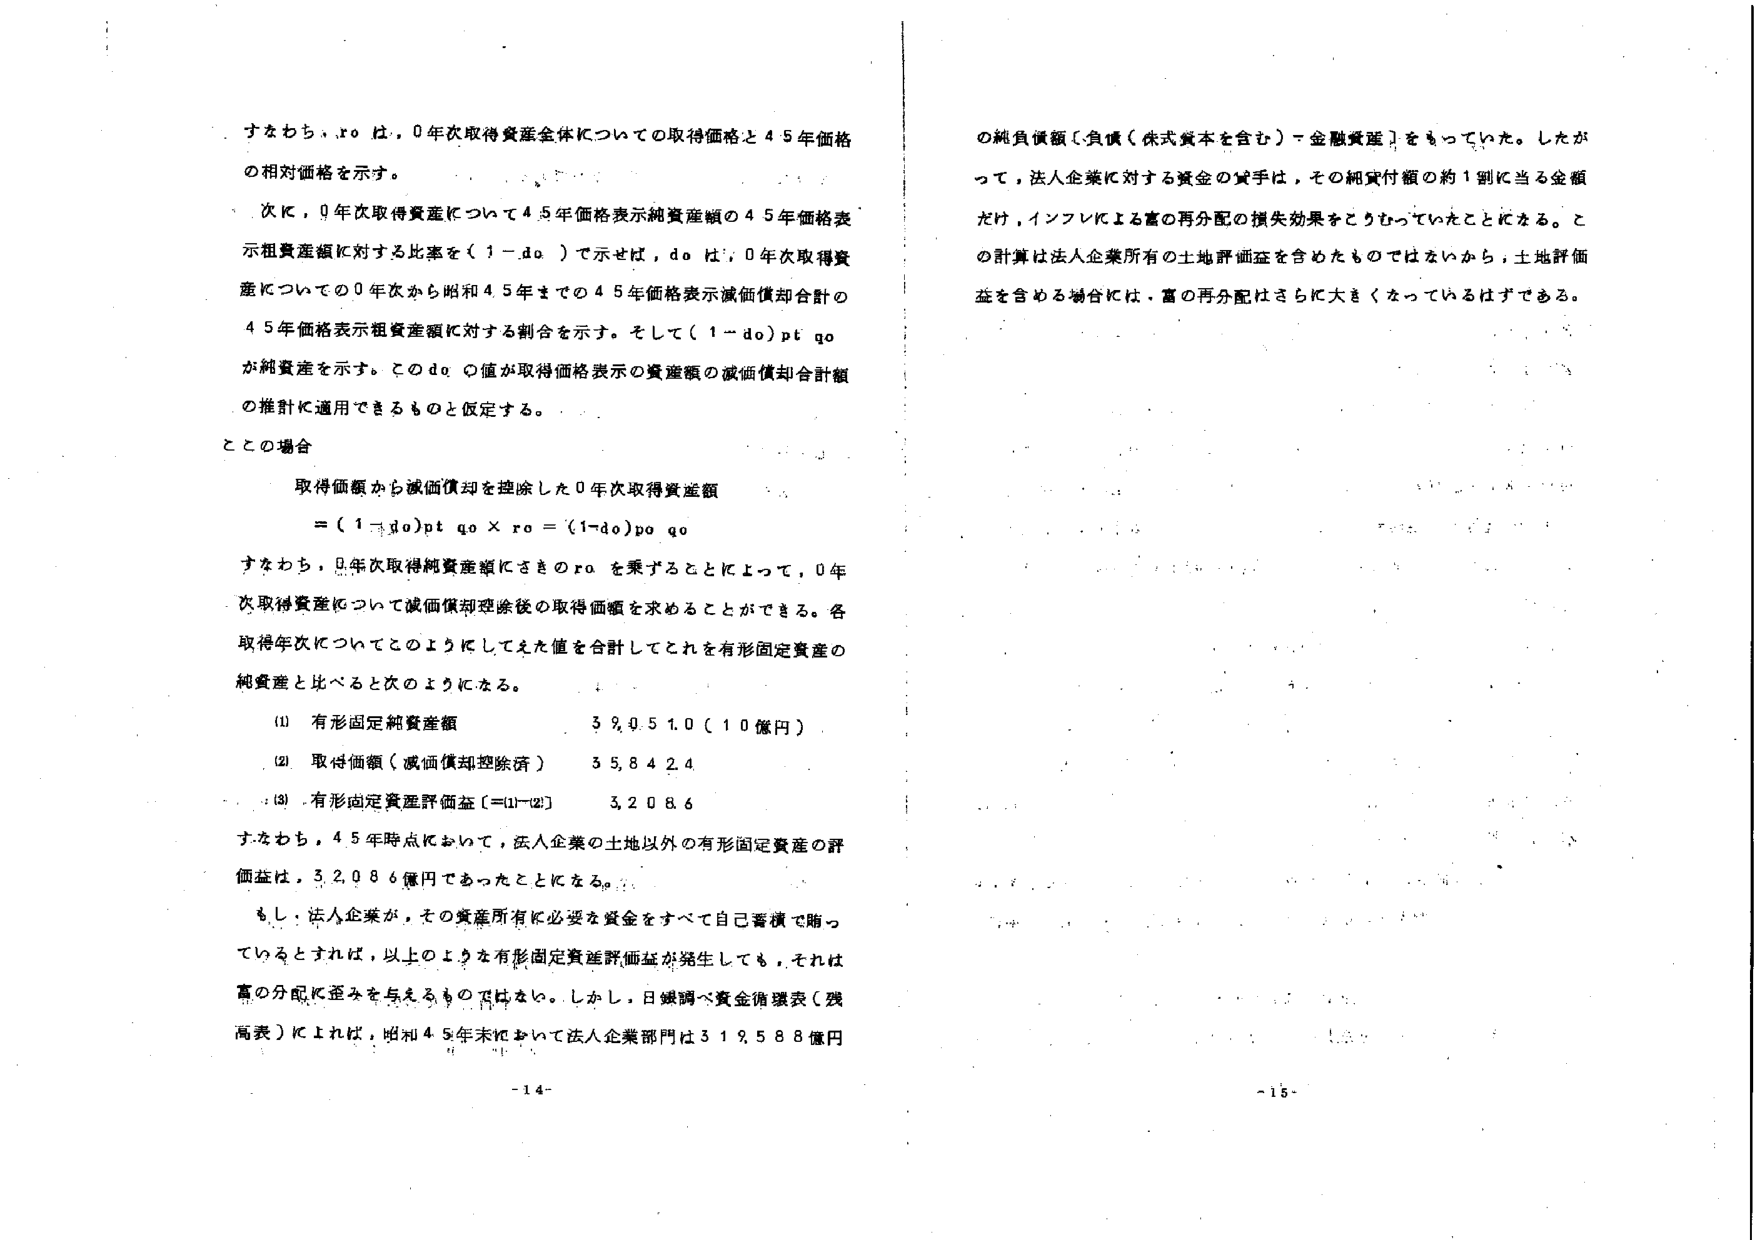
すなわち、ro は、0年次取得資産全体についての取得価格と45年価格の相対価格を示す。

次に、0年次取得資産について45年価格表示純資産額の45年価格表示租賃産額に対する比率を（1-do）で示せば、do は、0年次取得資産についての0年次から昭和45年までの45年価格表示減価償却合計の45年価格表示租賃産額に対する割合を示す。そして（1-do）pt qo が純資産を示す。このdo の値が取得価格表示の資産額の減価償却合計額の推計に適用できるものと仮定する。

この場合

取得価額から減価償却を控除した0年次取得資産額
= (1-do)pt qo × ro = (1-do)po qo

すなわち、0年次取得純資産額にさきのro を乗ずることによって、0年次取得資産について減価償却控除後の取得価額を求めることができる。各取得年次についてこのようにしてえた値を合計してこれを有形固定資産の純資産と比べると次のようになる。

(1) 有形固定純資産額　　　　　　39,051.0（10億円）
(2) 取得価額（減価償却控除済）　35,842.4
(3) 有形固定資産評価益（=①-②）　3,208.6

すなわち、45年時点において、法人企業の土地以外の有形固定資産の評価益は、3,208.6億円であったことになる。

もし、法人企業が、その資産所有に必要な資金をすべて自己蓄積で賄っているとすれば、以上のような有形固定資産評価益が発生しても、それは富の分配に歪みを与えるものではない。しかし、日銀調へ資金循環表（残高表）によれば、昭和45年末において法人企業部門は319,588億円

の純負債額〔負債（株式資本を含む）－金融資産〕をもっていた。したがって、法人企業に対する資金の貸手は、その純貸付額の約1割に当る金額だけ、インフレによる富の再分配の損失効果をこうむっていたことになる。この計算は法人企業所有の土地評価益を含めたものではないから、土地評価益を含める場合には、富の再分配はさらに大きくなっているはずである。

-14-
-15-